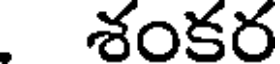
శంకర